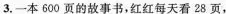
3.一本600页的故事书，红红每天看28页，